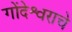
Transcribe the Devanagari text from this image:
गोंदेश्वराचे